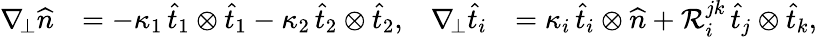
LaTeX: \begin{array}{rlrl}{\nabla_{\! \bot}\widehat{n}}&{=-\kappa_{1}\, \widehat{t}_{1}\otimes\widehat{t}_{1}-\kappa_{2}\, \widehat{t}_{2}\otimes\widehat{t}_{2},}&{\nabla_{\! \bot}\widehat{t}_{i}}&{=\kappa_{i}\, \widehat{t}_{i}\otimes\widehat{n}+\mathcal{R}_{i}^{jk}\, \widehat{t}_{j}\otimes\widehat{t}_{k},}\end{array}